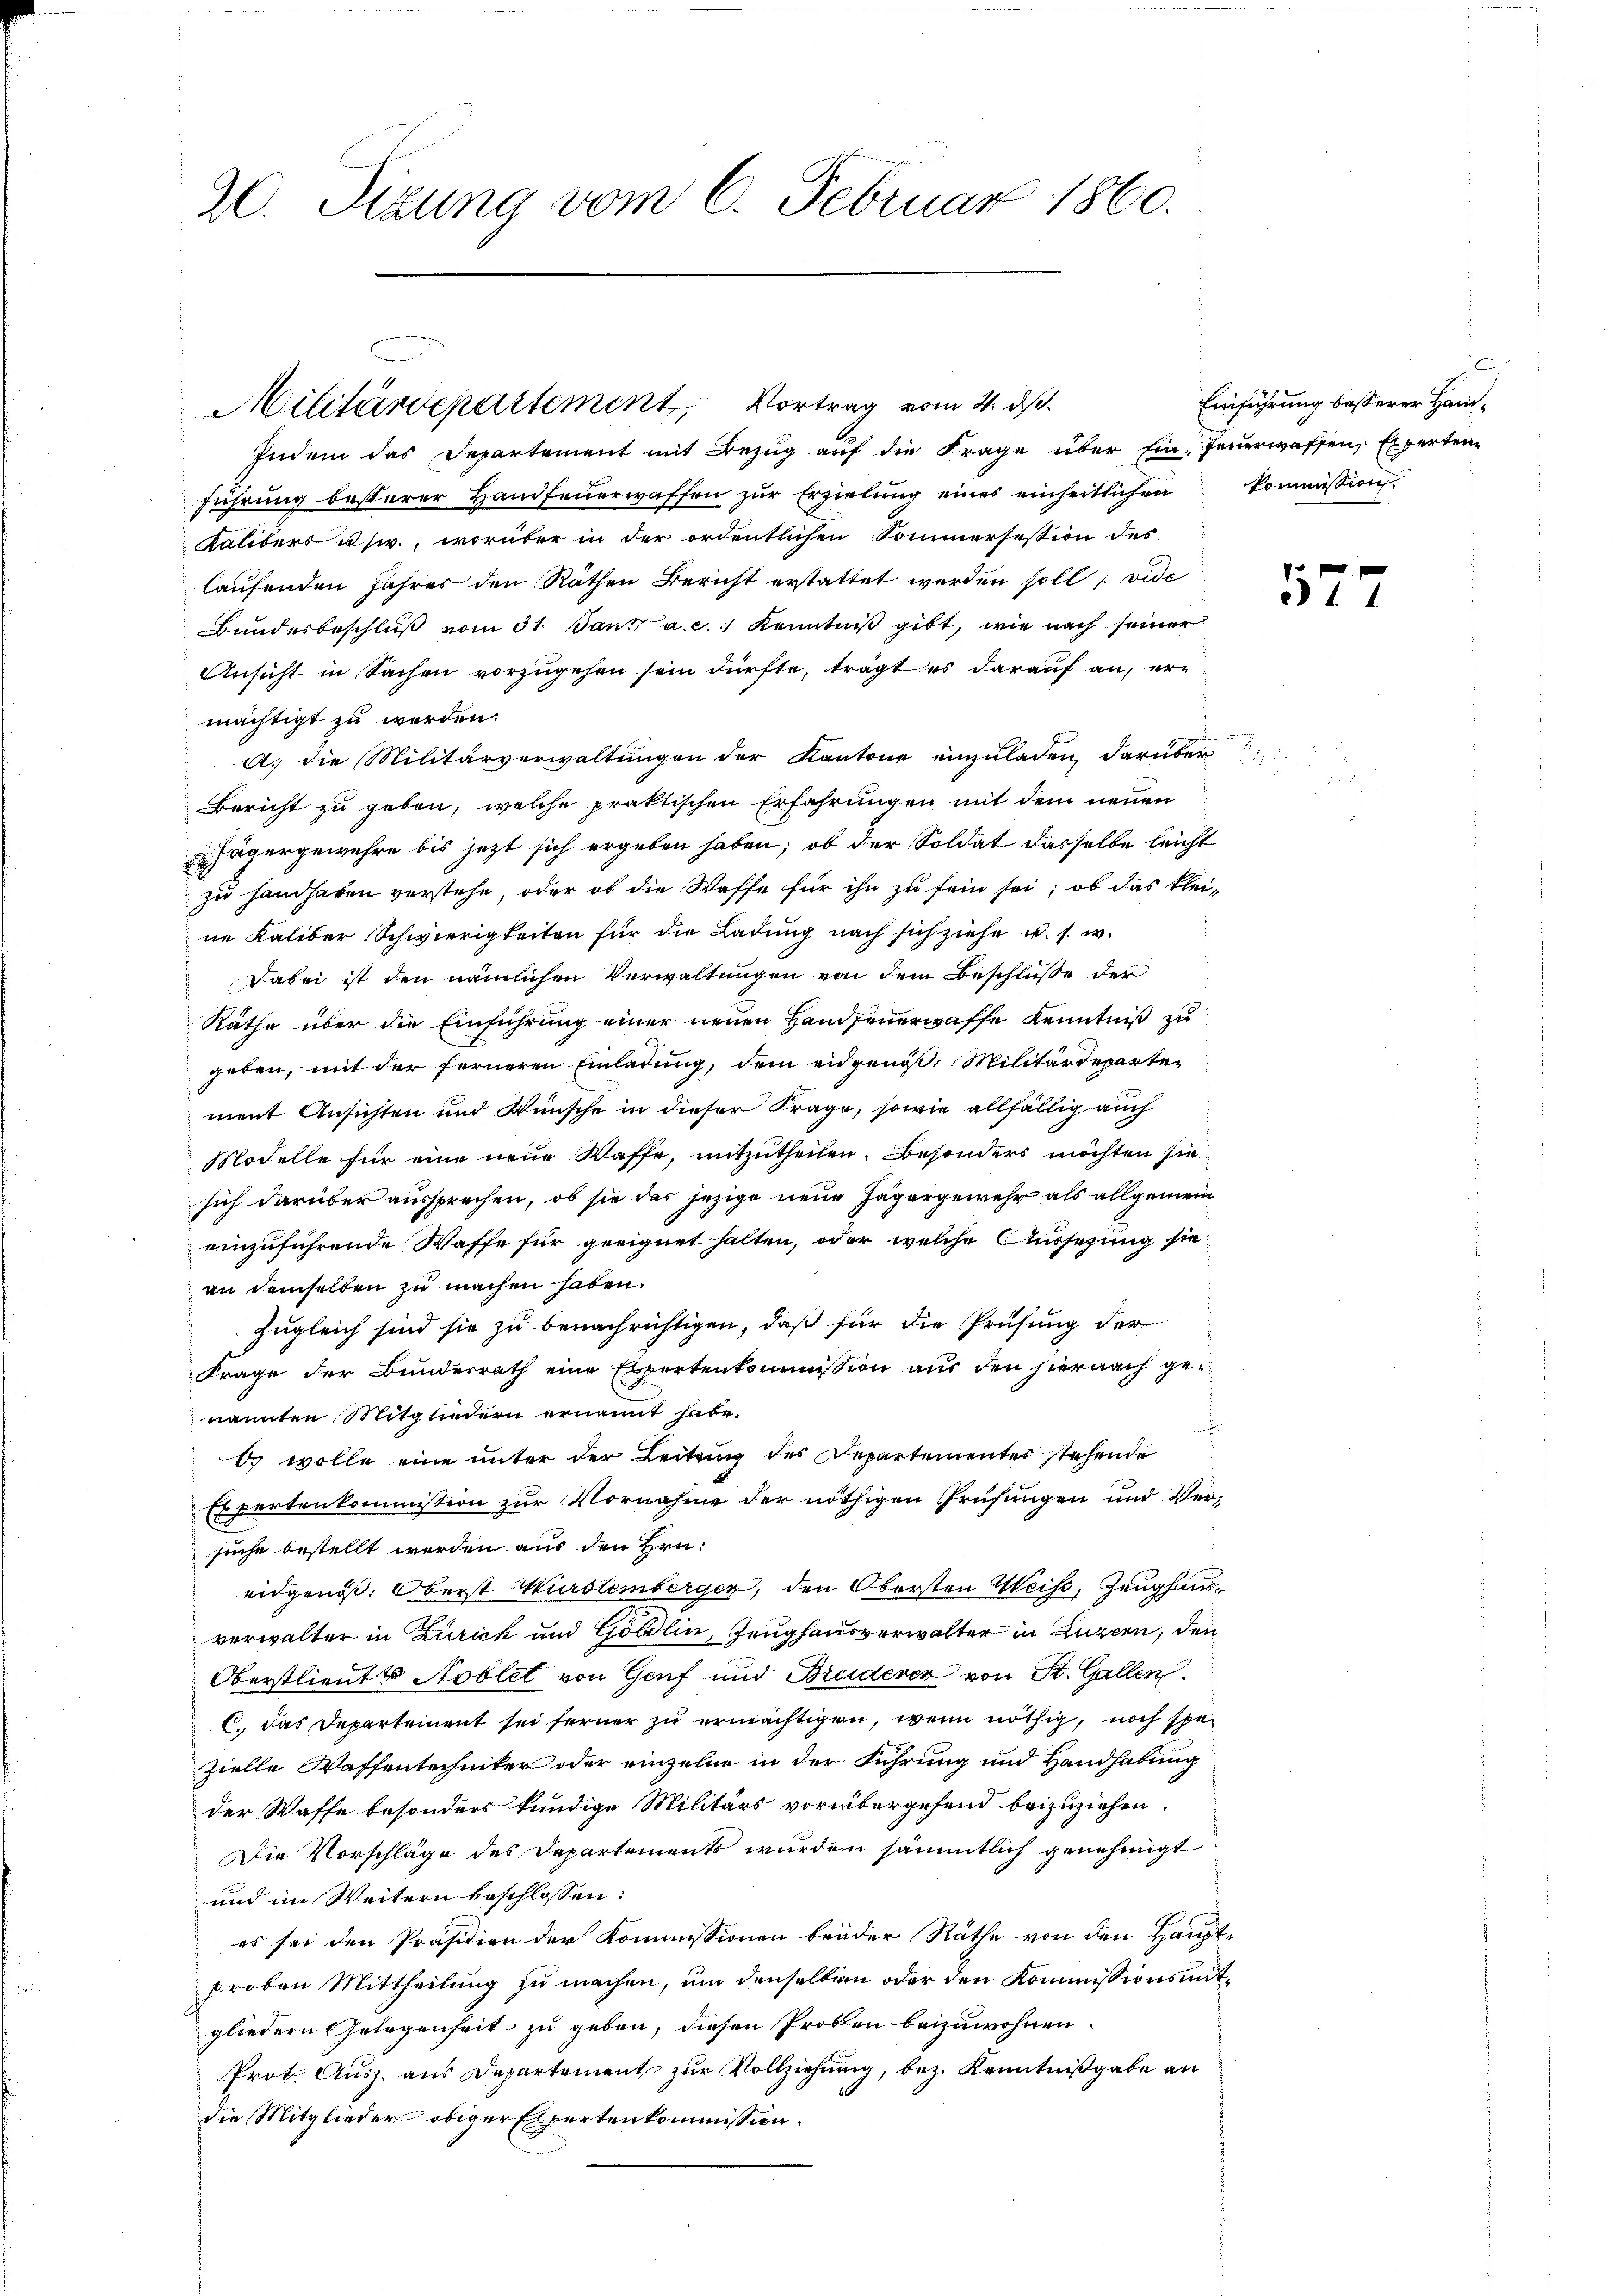
20. Sizung vom 6. Februar 1860.

Militärdepartement, Vortrag vom 4. ds.

Indem das Departement mit Bezŭg aŭf die Frage über Ein-Feŭerwassen, Experten
führŭng besserer Handfeŭerwaffen zŭr Erzielung eines einheitlichen kommission.
Kalibers usw., worüber in der ordentlichen Sommersession des
laufenden Jahres den Räthen Bericht erstattet werden soll, vide
Bundesbeschluß vom 31. Janz a.c. Kenntniß gibt, wie nach seiner
Ansicht in Sachen vorzugehen sein dürfte, trägt es darauf an, ere
mächtigt zu werden.
A. die Militärverwaltungen der Kantone einzuladen, darüber
Bericht zu geben, welche praktischen Erfahrungen mit dem neuen
 Jägergewehre bis jezt sich ergeben haben; ob der Soldat dasselbe leicht
zu handhaben verstehe, oder ob die Waffe für ihn zu sein sei; ob das kleine Kaliber Schwierigkeiten für die Ladung nach sich ziehe u. s. w.
Dabei ist den nämlichen Verwaltungen von dem Beschlüsse der
Räthe über die Einführung einer neuen Handfeuerwaffe Kenntniß zu
geben, mit der ferneren Einladung, dem eidgenöß. Militärdepartement Ansichten und Wünsche in dieser Frage, sowie allfällig auch
Modelle für eine neue Waffe, mitzutheilen. Besonders möchten sie
sich darüber aussprechen, ob sie das jezige neue Jägergewehr als allgemein
einzuführende Waffe für geeignet halten, oder welche Aussetzung sie
an demselben zu machen haben.
Zugleich sind sie zu benachrichtigen, daß für die Prüfung der
Frage der Bundesrath eine Expertenkommission aus den hiernach genannten Mitgliedern ernannt habe.
¬
 wolle eine unter der Leitung des Departementer stehende
Expertenkommission zur Vornahme der nöthigen Prüfungen und Versuche bestellt werden aus den Hrn.
eidgenöß. Oberst Murdlemberger, den Obersten Weiss, Zeughausverwalter in Zurick und Göldlin, Zeughausverwalter in Luzern, den
Oberstlieutt Noblet von Genf und Bruderer von St. Gallen
C. Das Departement sei ferner zu ermächtigen, wenn nöthig, noch spe
zielle Waffentechniker oder einzelne in der Führung und Handhabung
der Waffe besonders kündige Militärs vorübergehend beizuziehen.
Die Vorschläge des Departements wurden sämmtlich genehmigt
und im Weitern beschlossen:
es sei den Präsidien der Kommissionen brüder Räthe von den Haupt-
proben Mittheilung zu machen, um denselben oder den Kommissionsmitgliedern Gelegenheit zu geben, diesen Proben beizuwohnen.
Prot. Ausz. aus Departement zur Vollziehung, bez. Kenntnißgabe an
die Mitglieder obiger Expertenkommission.

d
Einführung besserer Han¬

n

57